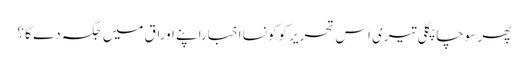
پھر سوچا پگلی تیری اس تحریر کو کونسا اخباراپنے اوراق میں جگہ دے گا ؟